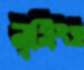
নৃসিংহ